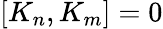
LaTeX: [K_{n},K_{m}]=0